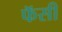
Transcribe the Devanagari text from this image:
फॅसी